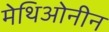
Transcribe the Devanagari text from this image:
मेथिओनीन